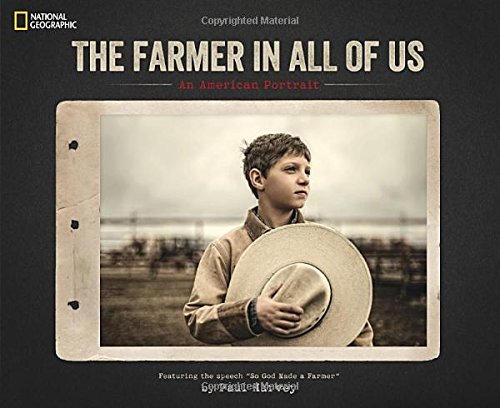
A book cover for The Farmer in All of Us: An American Portrait; Arts & Photography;